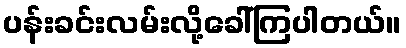
ပန်းခင်းလမ်းလို့ခေါ်ကြပါတယ်။